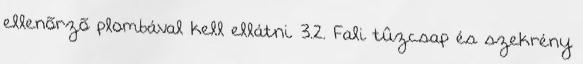
ellenõrzõ plombával kell ellátni. 3.2. Fali tûzcsap és szekrény